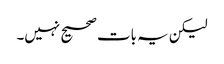
لیکن یہ بات صحیح نہیں۔